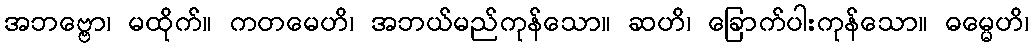
အဘဗ္ဗော၊ မထိုက်။ ကတမေဟိ၊ အဘယ်မည်ကုန်သော။ ဆဟိ၊ ခြောက်ပါးကုန်သော။ ဓမ္မေဟိ၊